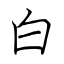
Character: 白